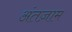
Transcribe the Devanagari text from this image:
अंतज़ाम